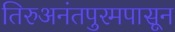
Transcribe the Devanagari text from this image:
तिरुअनंतपुरमपासून